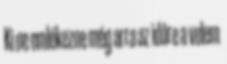
Ki ne emlékezne még arra az időre a velem